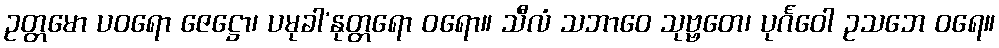
ဥတ္တမော ပဝရော ဇေဋ္ဌော၊ ပမုခါ’နုတ္တရော ဝရော။ သီလံ သဘာဝေ သုဗ္ဗတေ၊ ပုင်္ဂဝေါ ဥသဘေ ဝရေ။